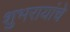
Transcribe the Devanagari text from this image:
शुभरायांचे